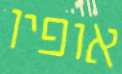
אופיו